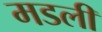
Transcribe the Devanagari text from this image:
मडली